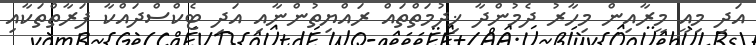
އަދި މިއީ މީރާއިން މިހާރު ދެމުންދާ ޚިދުމަތްތައް ރައްޔިތުންނާއި އަދި ޓެކްސްދައްކާ ފަރާތްތަކާއި